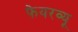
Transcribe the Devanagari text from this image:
फेयरव्यू